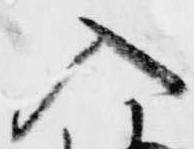
入